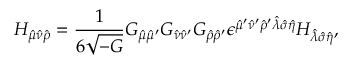
H _ { \hat { \mu } \hat { \nu } \hat { \rho } } = { \frac { 1 } { 6 \sqrt { - G } } } G _ { \hat { \mu } \hat { \mu } ^ { \prime } } G _ { \hat { \nu } \hat { \nu } ^ { \prime } } G _ { \hat { \rho } \hat { \rho } ^ { \prime } } \epsilon ^ { \hat { \mu } ^ { \prime } \hat { \nu } ^ { \prime } \hat { \rho } ^ { \prime } \hat { \lambda } \hat { \sigma } \hat { \eta } } H _ { \hat { \lambda } \hat { \sigma } \hat { \eta } } ,